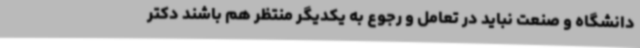
دانشگاه و صنعت نباید در تعامل و رجوع به یکدیگر منتظر هم باشند دکتر